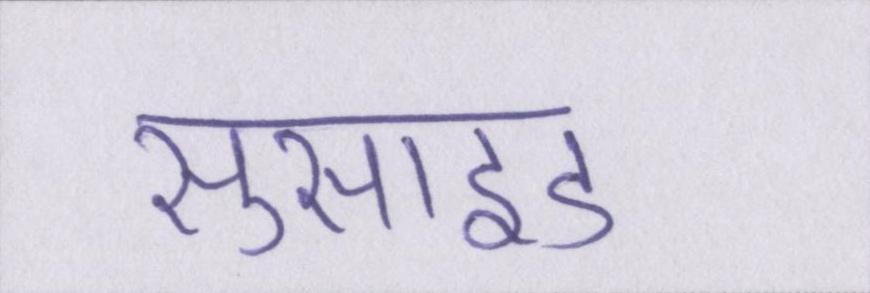
सुसाइड